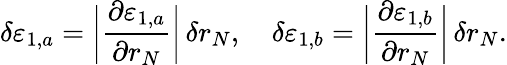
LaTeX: \delta\varepsilon_{1,a}=\bigg|\frac{\partial\varepsilon_{1,a}}{\partial r_{N}}\bigg|\, \delta r_{N},\quad\delta\varepsilon_{1,b}=\bigg|\frac{\partial\varepsilon_{1,b}}{\partial r_{N}}\bigg|\, \delta r_{N}.